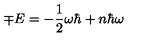
\mp E = - \frac { 1 } { 2 } \omega \hbar + n \hbar \omega